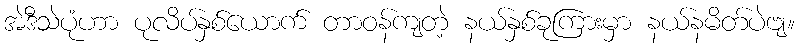
အဲဒီသဲပုံဟာ ပုလိပ်နှစ်ယောက် တာဝန်ကျတဲ့ နယ်နှစ်ခုကြားမှာ နယ်နမိတ်ပဲဗျ။